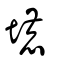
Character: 塶